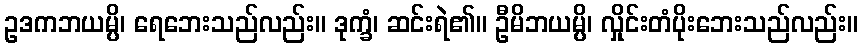
ဥဒကဘယမ္ပိ၊ ရေဘေးသည်လည်း။ ဒုက္ခံ၊ ဆင်းရဲ၏။ ဦမိဘယမ္ပိ၊ လှိုင်းတံပိုးဘေးသည်လည်း။